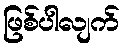
ဖြစ်ပါလျက်